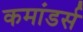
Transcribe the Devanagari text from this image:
कमांडर्स